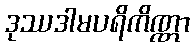
ဒုဿဒါမပရိကိဏ္ဏာ